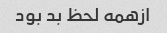
ازهمه لحظ بد بود